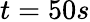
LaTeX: t=50s